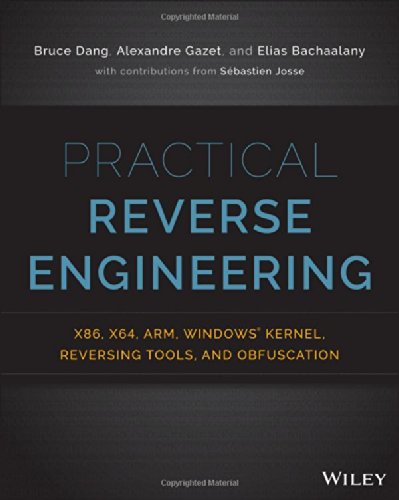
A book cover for Practical Reverse Engineering: x86, x64, ARM, Windows Kernel, Reversing Tools, and Obfuscation; Bruce Dang; Computers & Technology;